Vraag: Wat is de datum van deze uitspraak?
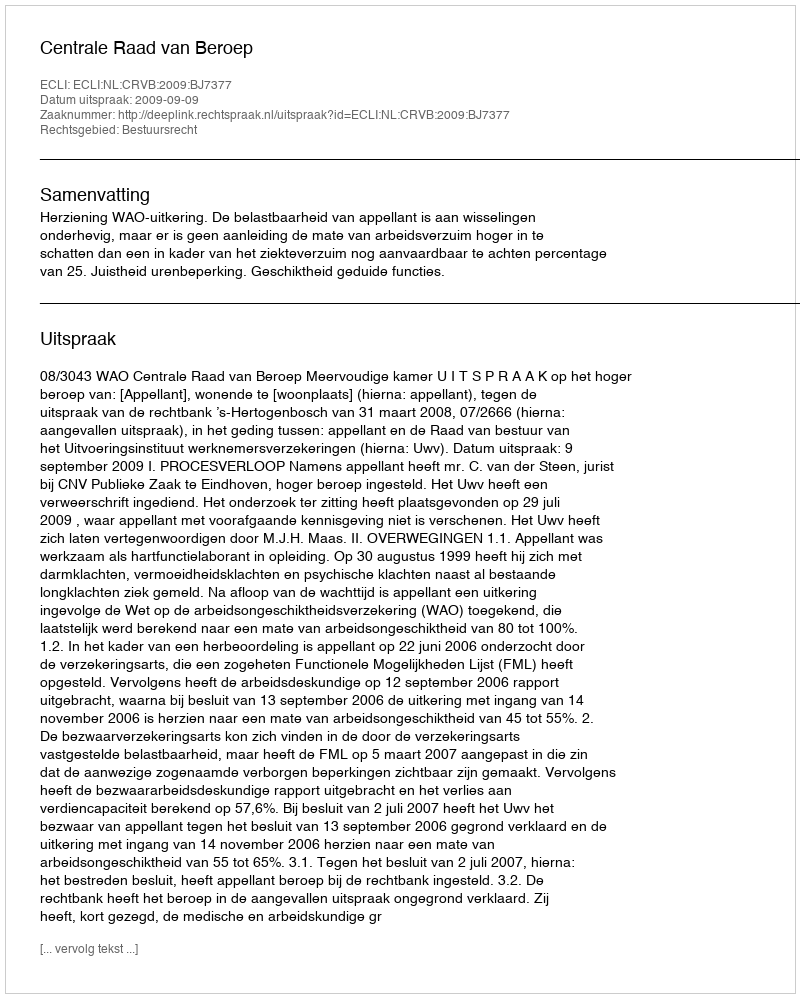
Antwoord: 2009-09-09